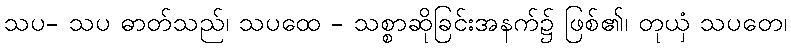
သပ- သပ ဓာတ်သည်၊ သပထေ - သစ္စာဆိုခြင်းအနက်၌ ဖြစ်၏၊ တုယှံ သပတေ၊